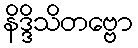
နိဒ္ဒိသိတဗ္ဗော